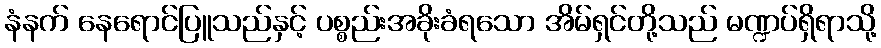
နံနက် နေရောင်ပြူသည်နှင့် ပစ္စည်းအခိုးခံရသော အိမ်ရှင်တို့သည် မဏ္ဍပ်ရှိရာသို့